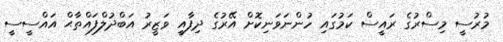
މުރުސީ މިސްރުގެ ރައީސް ކަމުގައި ހުންނަވަނިކޮށް އޭރުގެ ދިފާއީ ވަޒީރު އަބްދުލްފައްތާޙް އައްސީސީ